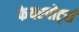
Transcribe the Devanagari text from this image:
फेयरपोर्ट्स